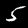
Digit: 5